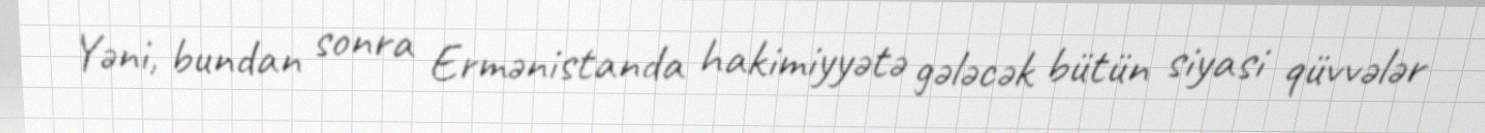
Yəni, bundan sonra Ermənistanda hakimiyyətə gələcək bütün siyasi qüvvələr